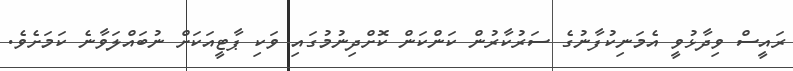
ރައީސް ވިދާޅުވީ އެމަނިކުފާނުގެ ސަރުކާރުން ކަންކަން ކޮށްދިނުމުގައި ވަކި ޕާޓީއަކަށް ނުބައްލަވާނެ ކަމަށެވެ.